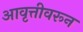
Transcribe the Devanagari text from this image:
आवृत्तीवरून